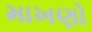
માખણો